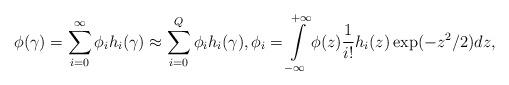
LaTeX: \begin{align*}\phi(\gamma) = \sum\limits_{i=0}^{\infty} \phi_i h_i(\gamma) \approx \sum\limits_{i=0}^{Q} \phi_i h_i(\gamma), \phi_i = \int\limits_{-\infty}^{+\infty} \phi(z) \frac{1}{i!} h_i(z) \exp(-z^2/2) dz,\end{align*}